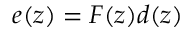
e ( z ) = F ( z ) d ( z )